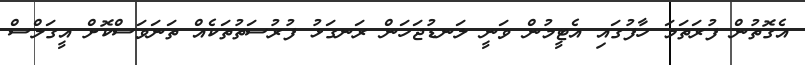
އެގޮތުން ފުރަތަމަ ހާފުގައި އެޓީމުން ވަނީ ލަނޑުޖަހަން ރަނގަޅު ފުރުސަތުތަކެއް ތަނަވަސްކޮށް އީގަލްސް